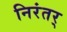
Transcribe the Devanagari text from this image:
निरंतर्